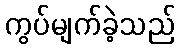
ကွပ်မျက်ခဲ့သည်